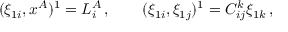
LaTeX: ( \xi _ { 1 i } , x ^ { A } ) ^ { 1 } = L _ { i } ^ { A } \, , \qquad ( \xi _ { 1 i } , \xi _ { 1 j } ) ^ { 1 } = C _ { i j } ^ { k } \xi _ { 1 k } \, ,